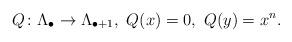
\begin{align*}Q \colon \Lambda_{\bullet} \to \Lambda_{\bullet+1}, \ Q(x)=0, \ Q(y)=x^n. \end{align*}